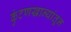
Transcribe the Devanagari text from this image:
कुंटणखान्यांतून